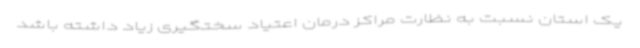
یک استان نسبت به نظارت مراکز درمان اعتیاد سختگیری زیاد داشته باشد